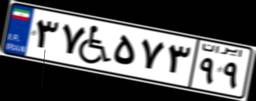
۹۵W۶۵۵۷۹